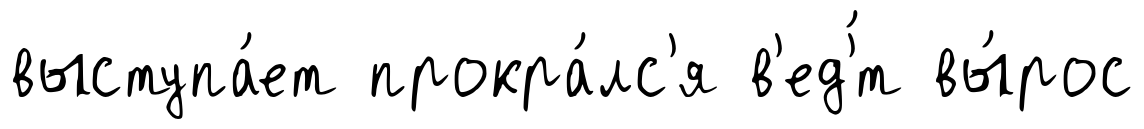
выступа́ет прокра́лс'я в'ед'́т вы́рос